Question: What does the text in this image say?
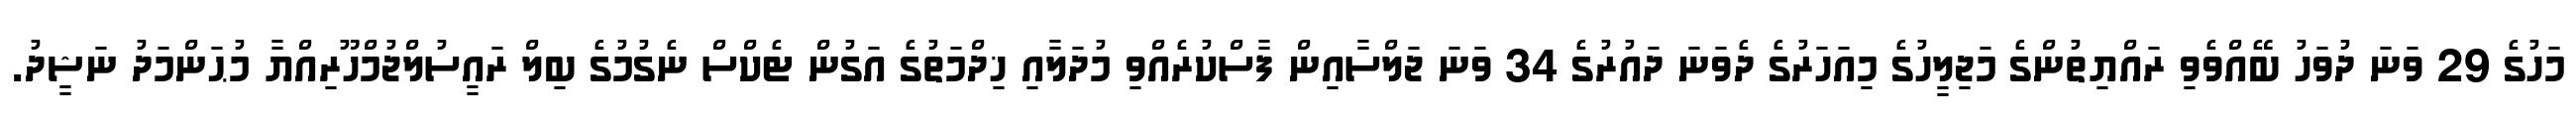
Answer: މަހުގެ 29 ވަނަ ދުވަހު ބޭއްވެވި ރައްޔިތުންގެ މަޖިލީހުގެ މިއަހަރުގެ ދެވަނަ ދައުރުގެ 34 ވަނަ ޖަލްސާއިން ފާސްކުރެއްވި މުދަލާއި ޚިދްމަތުގެ އަގުން ޓެކްސް ނެގުމުގެ ބިލް ރައީސުލްޖުމްހޫރިއްޔާ މުޙަންމަދު ނަޝީދު.